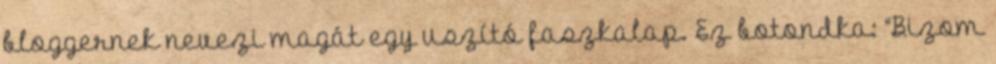
bloggernek nevezi magát egy uszító faszkalap. Ez botondka: “Bizom